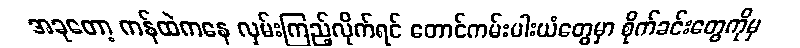
အခုတော့ ကန်ထဲကနေ လှမ်းကြည့်လိုက်ရင် တောင်ကမ်းပါးယံတွေမှာ စိုက်ခင်းတွေကိုမှ